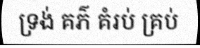
ទ្រង់ គភ៌ គំរប់ គ្រប់